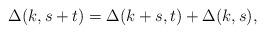
LaTeX: \begin{align*}\Delta(k, s+t) = \Delta(k+s, t) + \Delta(k, s) ,\end{align*}